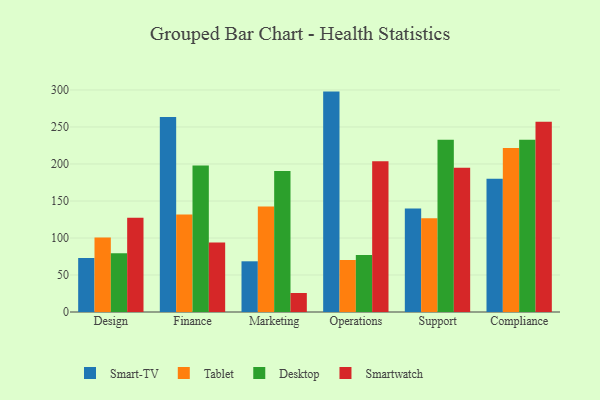
{"axis": {"x": "Department", "y": "Shipments"}, "legend": ["Desktop", "Smart-TV", "Smartwatch", "Tablet"], "data": [{"x": "Design", "y": 73.0, "type": "Smart-TV"}, {"x": "Design", "y": 100.6, "type": "Tablet"}, {"x": "Design", "y": 79.5, "type": "Desktop"}, {"x": "Design", "y": 127.2, "type": "Smartwatch"}, {"x": "Finance", "y": 263.5, "type": "Smart-TV"}, {"x": "Finance", "y": 131.7, "type": "Tablet"}, {"x": "Finance", "y": 197.8, "type": "Desktop"}, {"x": "Finance", "y": 94.0, "type": "Smartwatch"}, {"x": "Marketing", "y": 68.5, "type": "Smart-TV"}, {"x": "Marketing", "y": 142.5, "type": "Tablet"}, {"x": "Marketing", "y": 190.4, "type": "Desktop"}, {"x": "Marketing", "y": 25.7, "type": "Smartwatch"}, {"x": "Operations", "y": 297.8, "type": "Smart-TV"}, {"x": "Operations", "y": 70.1, "type": "Tablet"}, {"x": "Operations", "y": 77.1, "type": "Desktop"}, {"x": "Operations", "y": 203.6, "type": "Smartwatch"}, {"x": "Support", "y": 140.0, "type": "Smart-TV"}, {"x": "Support", "y": 126.6, "type": "Tablet"}, {"x": "Support", "y": 232.7, "type": "Desktop"}, {"x": "Support", "y": 195.0, "type": "Smartwatch"}, {"x": "Compliance", "y": 180.2, "type": "Smart-TV"}, {"x": "Compliance", "y": 221.6, "type": "Tablet"}, {"x": "Compliance", "y": 232.7, "type": "Desktop"}, {"x": "Compliance", "y": 257.1, "type": "Smartwatch"}]}